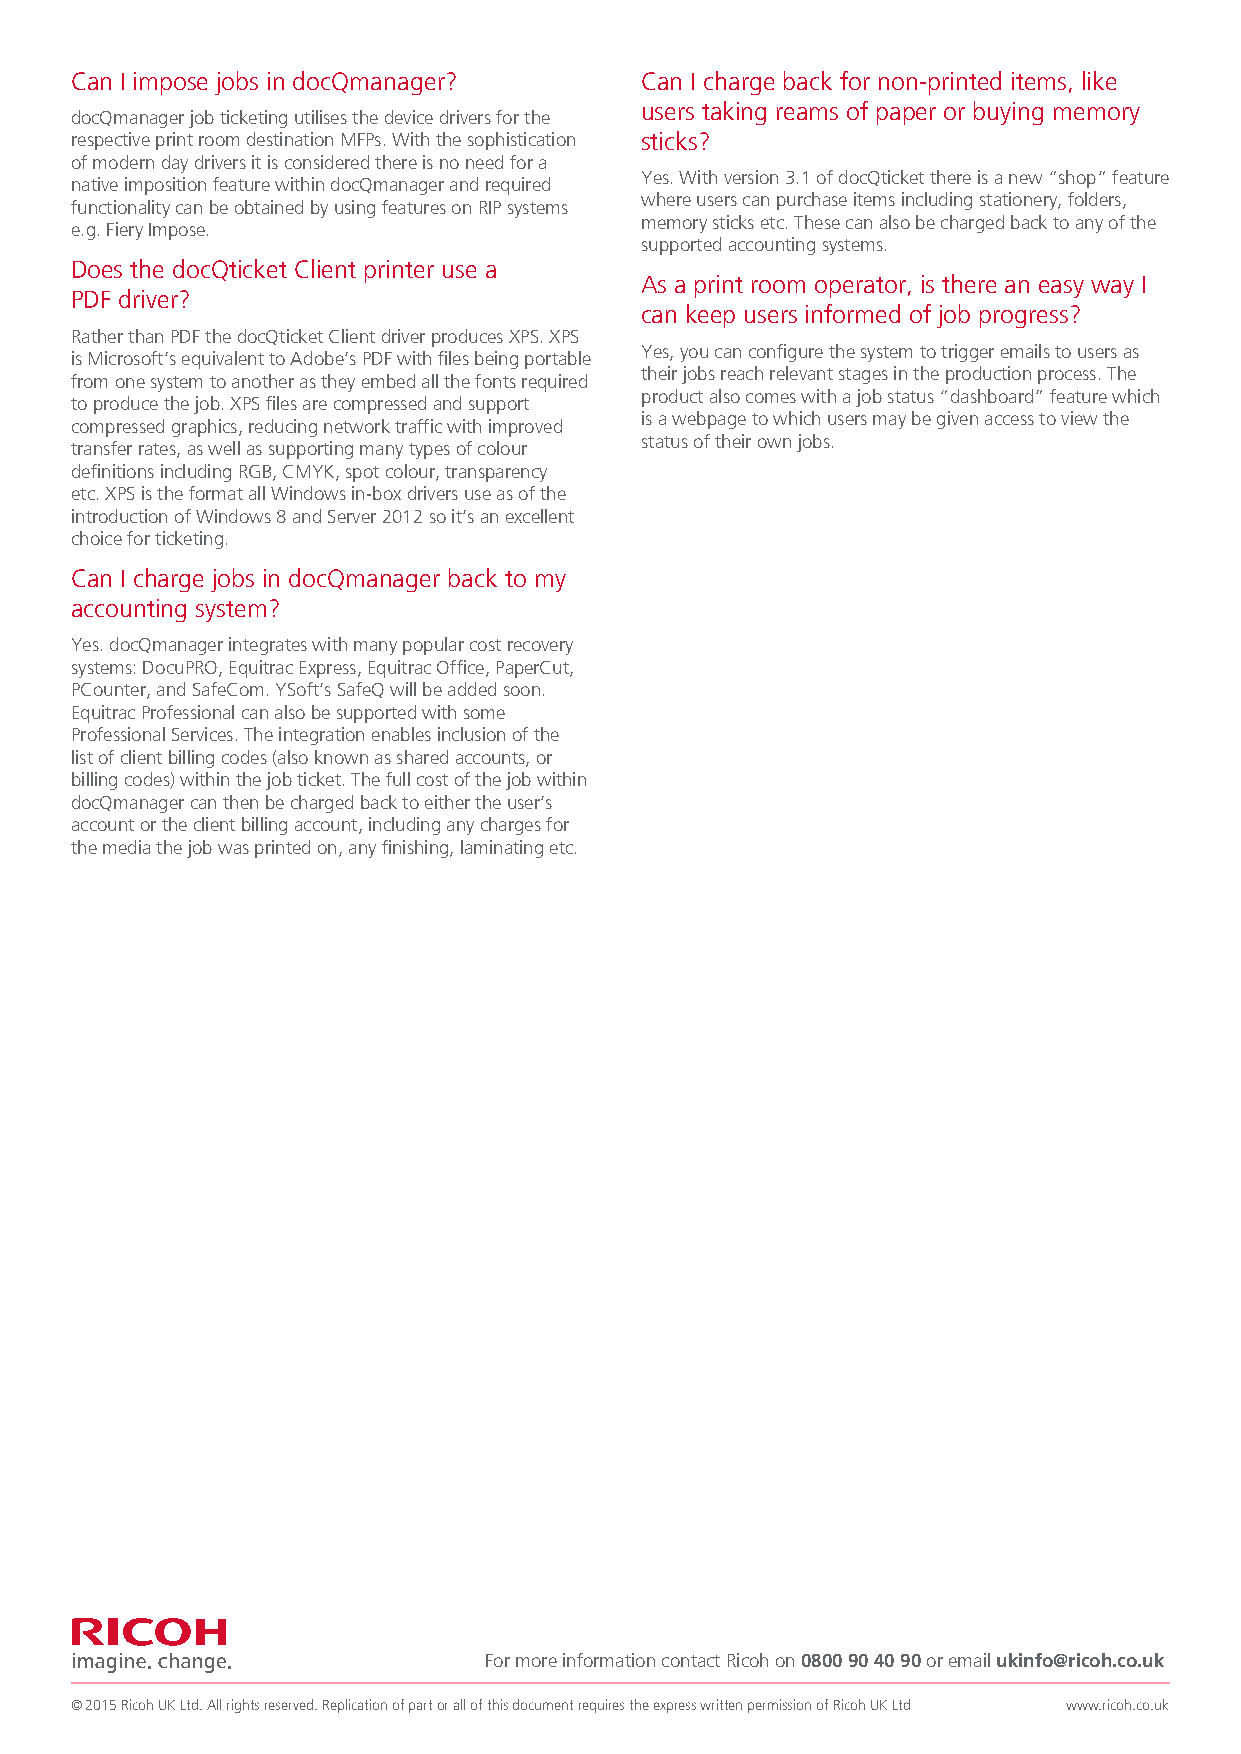
Can I impose jobs in docQmanager?    Can I charge back for non-printed items, like
 users taking reams of paper or buying memory
 docQmanager job ticketing utilises the device drivers for the
 respective print room destination MFPs. With the sophistication sticks?
 of modern day drivers it is considered there is no need for a
 Yes. With version 3.1 of docQticket there is a new “shop” feature
 native imposition feature within docQmanager and required
 where users can purchase items including stationery, folders,
 functionality can be obtained by using features on RIP systems
 memory sticks etc. These can also be charged back to any of the
 e.g. Fiery Impose.
 supported accounting systems.
 Does the docQticket Client printer use a
 As a print room operator, is there an easy way I
 PDF driver?
 can keep users informed of job progress?
 Rather than PDF the docQticket Client driver produces XPS. XPS
 Yes, you can configure the system to trigger emails to users as
 is Microsoft’s equivalent to Adobe’s PDF with files being portable
 their jobs reach relevant stages in the production process. The
 from one system to another as they embed all the fonts required
 product also comes with a job status “dashboard” feature which
 to produce the job. XPS files are compressed and support
 is a webpage to which users may be given access to view the
 compressed graphics, reducing network traffic with improved
 status of their own jobs.
 transfer rates, as well as supporting many types of colour
 definitions including RGB, CMYK, spot colour, transparency
 etc. XPS is the format all Windows in-box drivers use as of the
 introduction of Windows 8 and Server 2012 so it’s an excellent
 choice for ticketing.
 Can I charge jobs in docQmanager back to my
 accounting system?
 Yes. docQmanager integrates with many popular cost recovery
 systems: DocuPRO, Equitrac Express, Equitrac Office, PaperCut,
 PCounter, and SafeCom. YSoft’s SafeQ will be added soon.
 Equitrac Professional can also be supported with some
 Professional Services. The integration enables inclusion of the
 list of client billing codes (also known as shared accounts, or
 billing codes) within the job ticket. The full cost of the job within
 docQmanager can then be charged back to either the user’s
 account or the client billing account, including any charges for
 the media the job was printed on, any finishing, laminating etc.
 For more information contact Ricoh on 0800 90 40 90 or email ukinfo@ricoh.co.uk
 © 2015 Ricoh UK Ltd. All rights reserved. Replication of part or all of this document requires the express written permission of Ricoh UK Ltd www.ricoh.co.uk